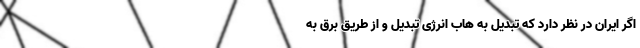
اگر ایران در نظر دارد که تبدیل به هاب انرژی تبدیل و از طریق برق به